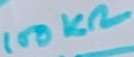
Text: 100KΩ